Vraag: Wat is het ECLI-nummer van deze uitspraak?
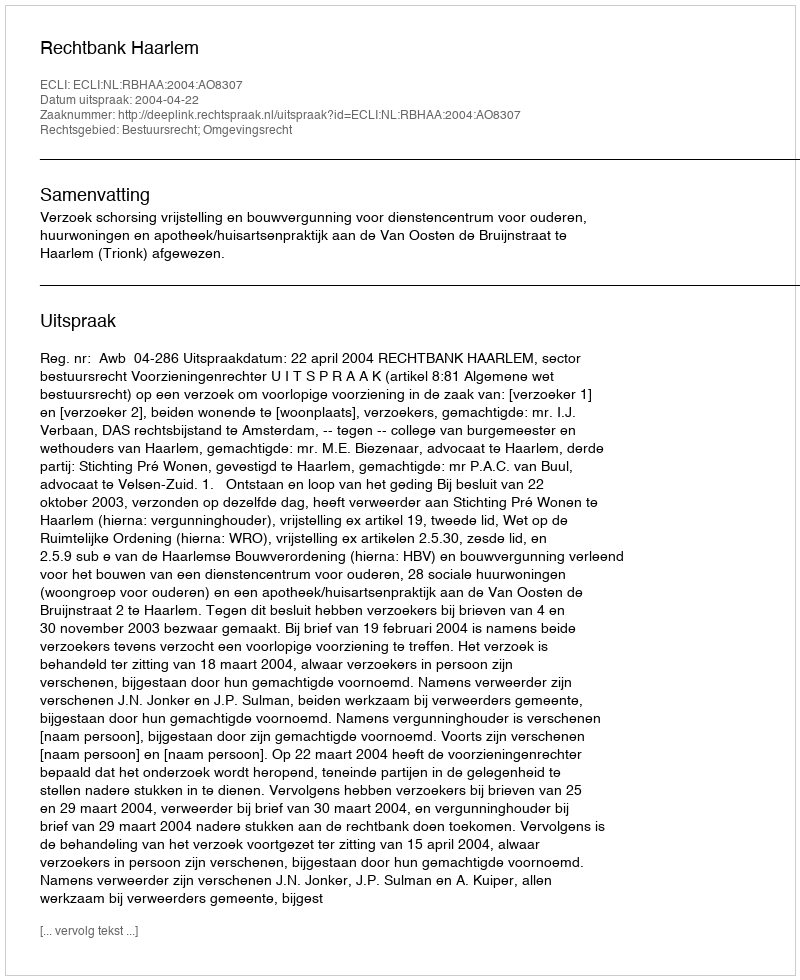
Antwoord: ECLI:NL:RBHAA:2004:AO8307